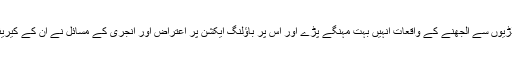
کپتان،کوچ اور ساتھی کھلاڑیوں سے الجھنے کے واقعات انہیں بہت مہنگے پڑے اور اس پر باؤلنگ ایکشن پر اعتراض اور انجری کے مسائل نے ان کے کیریئر کو بری طرح متاثر کیا۔